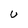
Character: U